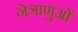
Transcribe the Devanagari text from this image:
नेत्राणुओं